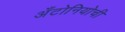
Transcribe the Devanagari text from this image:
अँटोनियोची